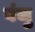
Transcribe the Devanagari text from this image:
वंजु